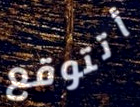
أتتوقع